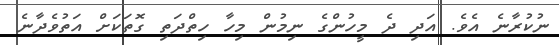
ނުކުރާނެ އެވެ. އަދި ދެ މީހުންގެ ނިމުން މިހާ ހިތްދަތި ގޮތަކަށް އަތުވެދާނެ